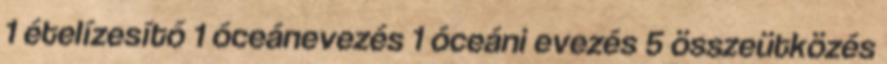
1 ételízesítő 1 óceánevezés 1 óceáni evezés 5 összeütközés